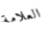
العلامة